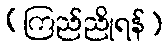
(ကြည်ညိုရန်)